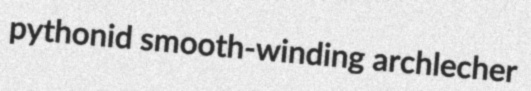
pythonid smooth-winding archlecher